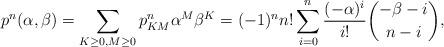
LaTeX: \begin{align*}p^{n}(\alpha,\beta)=\sum_{K\ge 0,M\ge 0}p^n_{KM}\alpha^M \beta^K=(-1)^n n! \sum_{i=0}^{n} \frac{(-\alpha)^i}{i!}\binom{-\beta-i}{n-i},\end{align*}